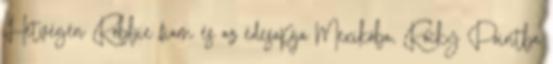
Hétvégén Robbie fiam és az édesapja Mexikóba, Rocky Pointba